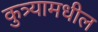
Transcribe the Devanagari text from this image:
कुत्र्यामधील